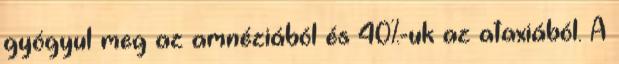
gyógyul meg az amnéziából és 40%-uk az ataxiából. A